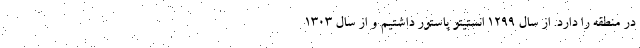
در منطقه را دارد. از سال ۱۲۹۹ انستیتو پاستور داشتیم و از سال ۱۳۰۳